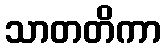
သာတတိကာ